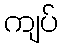
ကျပ်